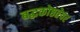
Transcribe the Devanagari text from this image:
बद्धकोष्ठतेवर